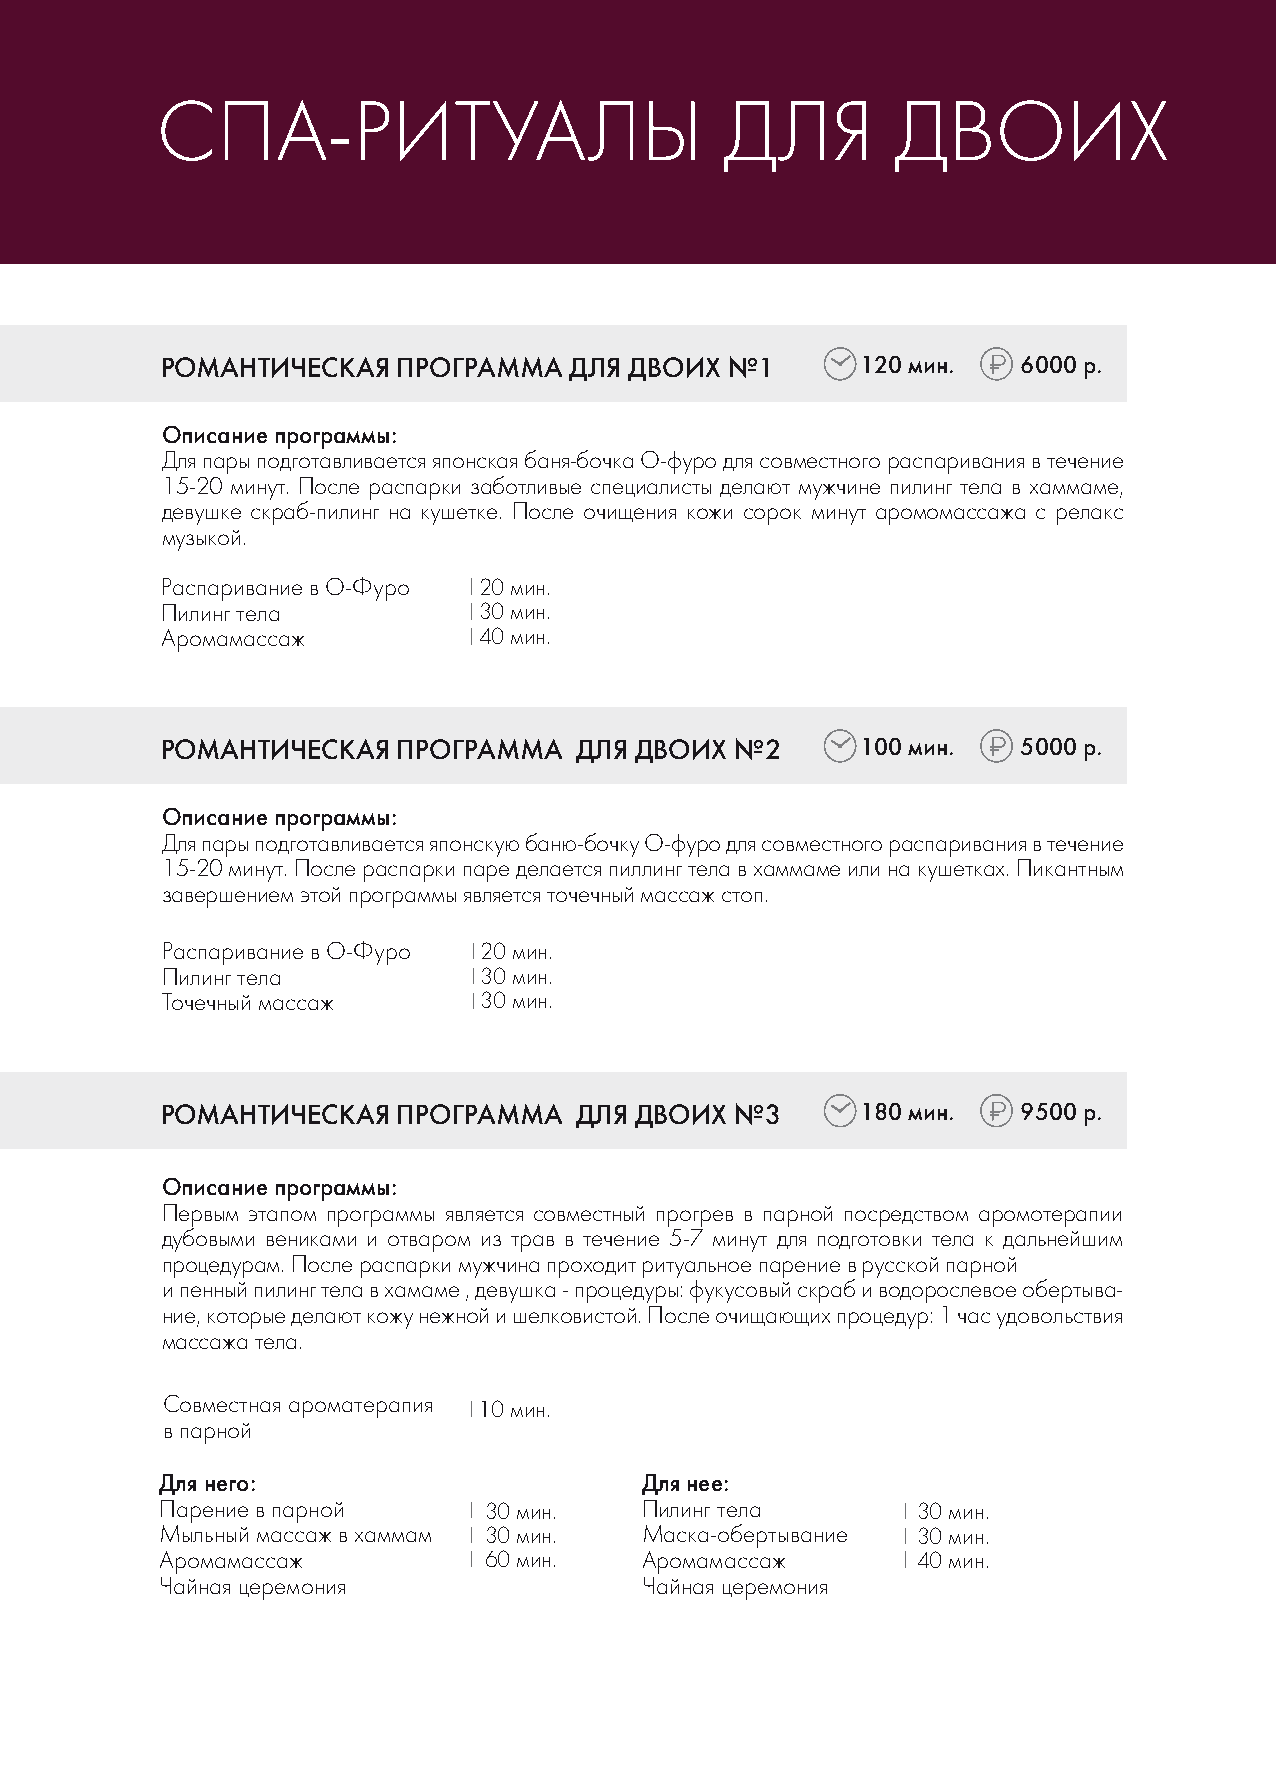
СПА-РИТУАЛЫ                           ДЛЯ        ДВОИХ
 РОМАНТИЧЕСКАЯ  ПРОГРАММА   ДЛЯ ДВОИХ №1       120 мин.   6000 р.
 Описание программы:
 Для пары подготавливается японская баня-бочка О-фуро для совместного распаривания в течение
 15-20 минут. После распарки заботливые специалисты делают мужчине пилинг тела в хаммаме,
 девушке скраб-пилинг на кушетке. После очищения кожи сорок минут аромомассажа с релакс
 музыкой.
 Распаривание в О-Фуро 20 мин.
 Пилинг тела          30 мин.
 Аромамассаж          40 мин.
 РОМАНТИЧЕСКАЯ  ПРОГРАММА   ДЛЯ ДВОИХ  №2      100 мин.   5000 р.
 Описание программы:
 Для пары подготавливается японскую баню-бочку О-фуро для совместного распаривания в течение
 15-20 минут. После распарки паре делается пиллинг тела в хаммаме или на кушетках. Пикантным
 завершением этой программы является точечный массаж стоп.
 Распаривание в О-Фуро 20 мин.
 Пилинг тела          30 мин.
 Точечный массаж      30 мин.
 РОМАНТИЧЕСКАЯ  ПРОГРАММА   ДЛЯ ДВОИХ  №3      180 мин.   9500 р.
 Описание программы:
 Первым этапом программы является совместный прогрев в парной посредством аромотерапии
 дубовыми вениками и отваром из трав в течение 5-7 минут для подготовки тела к дальнейшим
 процедурам. После распарки мужчина проходит ритуальное парение в русской парной
 и пенный пилинг тела в хамаме , девушка - процедуры: фукусовый скраб и водорослевое обертыва-
 ние, которые делают кожу нежной и шелковистой. После очищающих процедур: 1 час удовольствия
 массажа тела.
 Совместная ароматерапия 10 мин.
 в парной
 Для него:                      Для нее:
 Парение в парной     30 мин.   Пилинг тела        30 мин.
 Мыльный массаж в хаммам 30 мин. Маска-обертывание 30 мин.
 Аромамассаж          60 мин.   Аромамассаж        40 мин.
 Чайная церемония               Чайная церемония